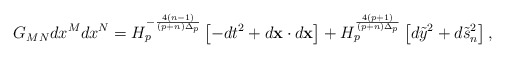
\begin{align*}G_{MN}dx^Mdx^N=H^{-{{4(n-1)}\over{(p+n)\Delta_p}}}_p\left[-dt^2+d{\bf x}\cdot d{\bf x}\right]+H^{{4(p+1)}\over{(p+n)\Delta_p}}_p\left[d\tilde{y}^2+d\tilde{s}^2_n\right],\end{align*}